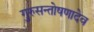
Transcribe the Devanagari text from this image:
गुरुसन्तोषणादेव